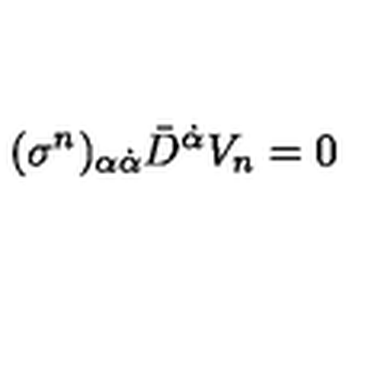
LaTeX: ( \sigma ^ { n } ) _ { \alpha \dot { \alpha } } \bar { D } ^ { \dot { \alpha } } V _ { n } = 0